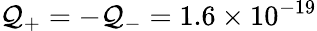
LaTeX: \mathcal{Q}_{+}=-\mathcal{Q}_{-}=1.6\times10^{-19}